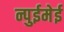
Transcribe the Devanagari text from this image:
न्पुईमेई